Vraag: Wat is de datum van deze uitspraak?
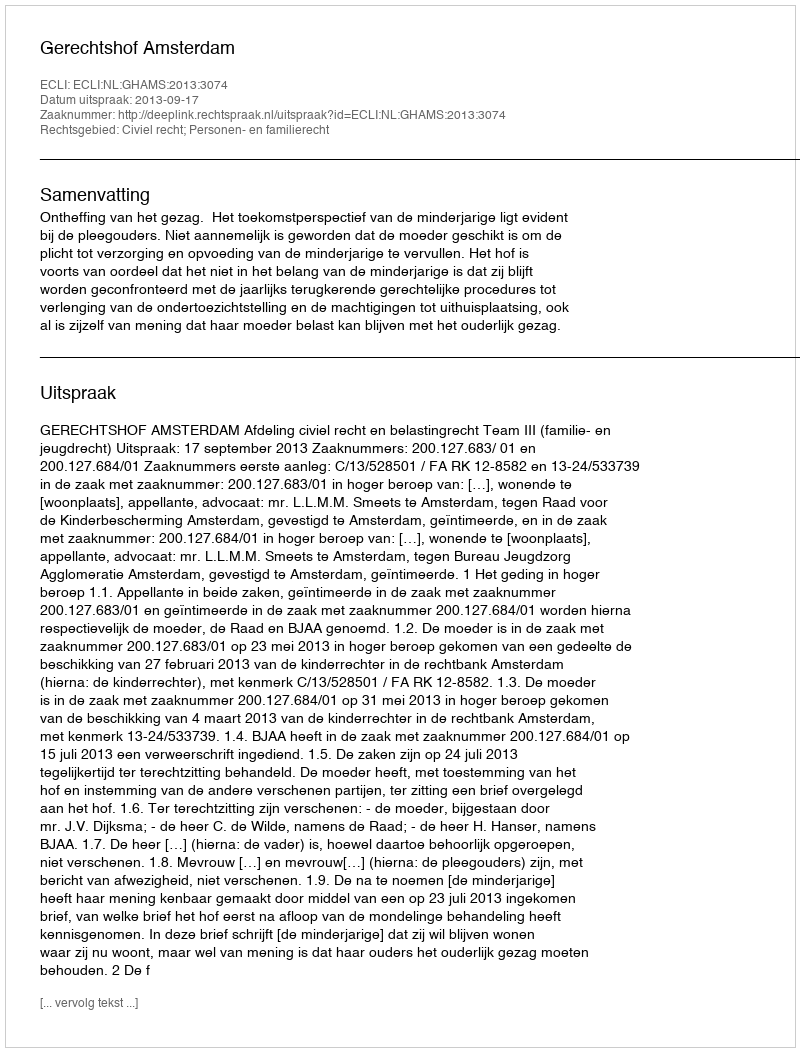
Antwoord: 2013-09-17